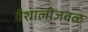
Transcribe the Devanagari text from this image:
वैशालीजवळ